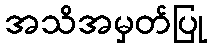
အသိအမှတ်ပြု